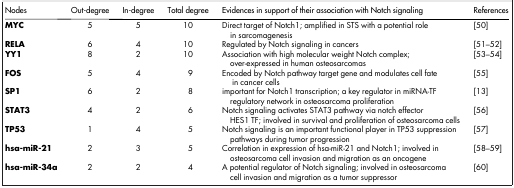
| Nodes | Out-degree | In-degree | Total degree | Evidences in support of their association with Notch signaling | References |
 | --- | --- | --- | --- | --- | --- |
 | MYC | 5 | 5 | 10 | Direct target of Notch1; amplified in STS with a potential role in sarcomagenesis | [50] |
 | RELA | 6 | 4 | 10 | Regulated by Notch signaling in cancers | [51–52] |
 | YY1 | 8 | 2 | 10 | Association with high molecular weight Notch complex; over-expressed in human osteosarcomas | [53–54] |
 | FOS | 5 | 4 | 9 | Encoded by Notch pathway target gene and modulates cell fate in cancer cells | [55] |
 | SP1 | 6 | 2 | 8 | important for Notch1 transcription; a key regulator in miRNA-TF regulatory network in osteosarcoma proliferation | [13] |
 | STAT3 | 4 | 2 | 6 | Notch signaling activates STAT3 pathway via notch effector HES1 TF; involved in survival and proliferation of osteosarcoma cells | [56] |
 | TP53 | 1 | 4 | 5 | Notch signaling is an important functional player in TP53 suppression pathways during tumor progression | [57] |
 | hsa-miR-21 | 2 | 3 | 5 | Correlation in expression of hsa-miR-21 and Notch1; involved in osteosarcoma cell invasion and migration as an oncogene | [58–59] |
 | hsa-miR-34a | 2 | 2 | 4 | A potential regulator of Notch signaling; involved in osteosarcoma cell invasion and migration as a tumor suppressor | [60] |